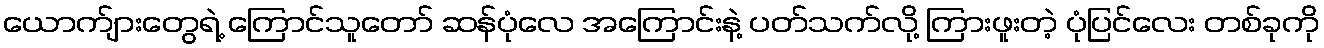
ယောက်ျားတွေရဲ့ ကြောင်သူတော် ဆန်ပုံလေ အကြောင်းနဲ့ ပတ်သက်လို့ ကြားဖူးတဲ့ ပုံပြင်လေး တစ်ခုကို